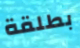
بطلقة